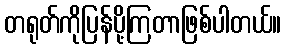
တရုတ်ကိုပြန်ပို့ကြတာဖြစ်ပါတယ်။